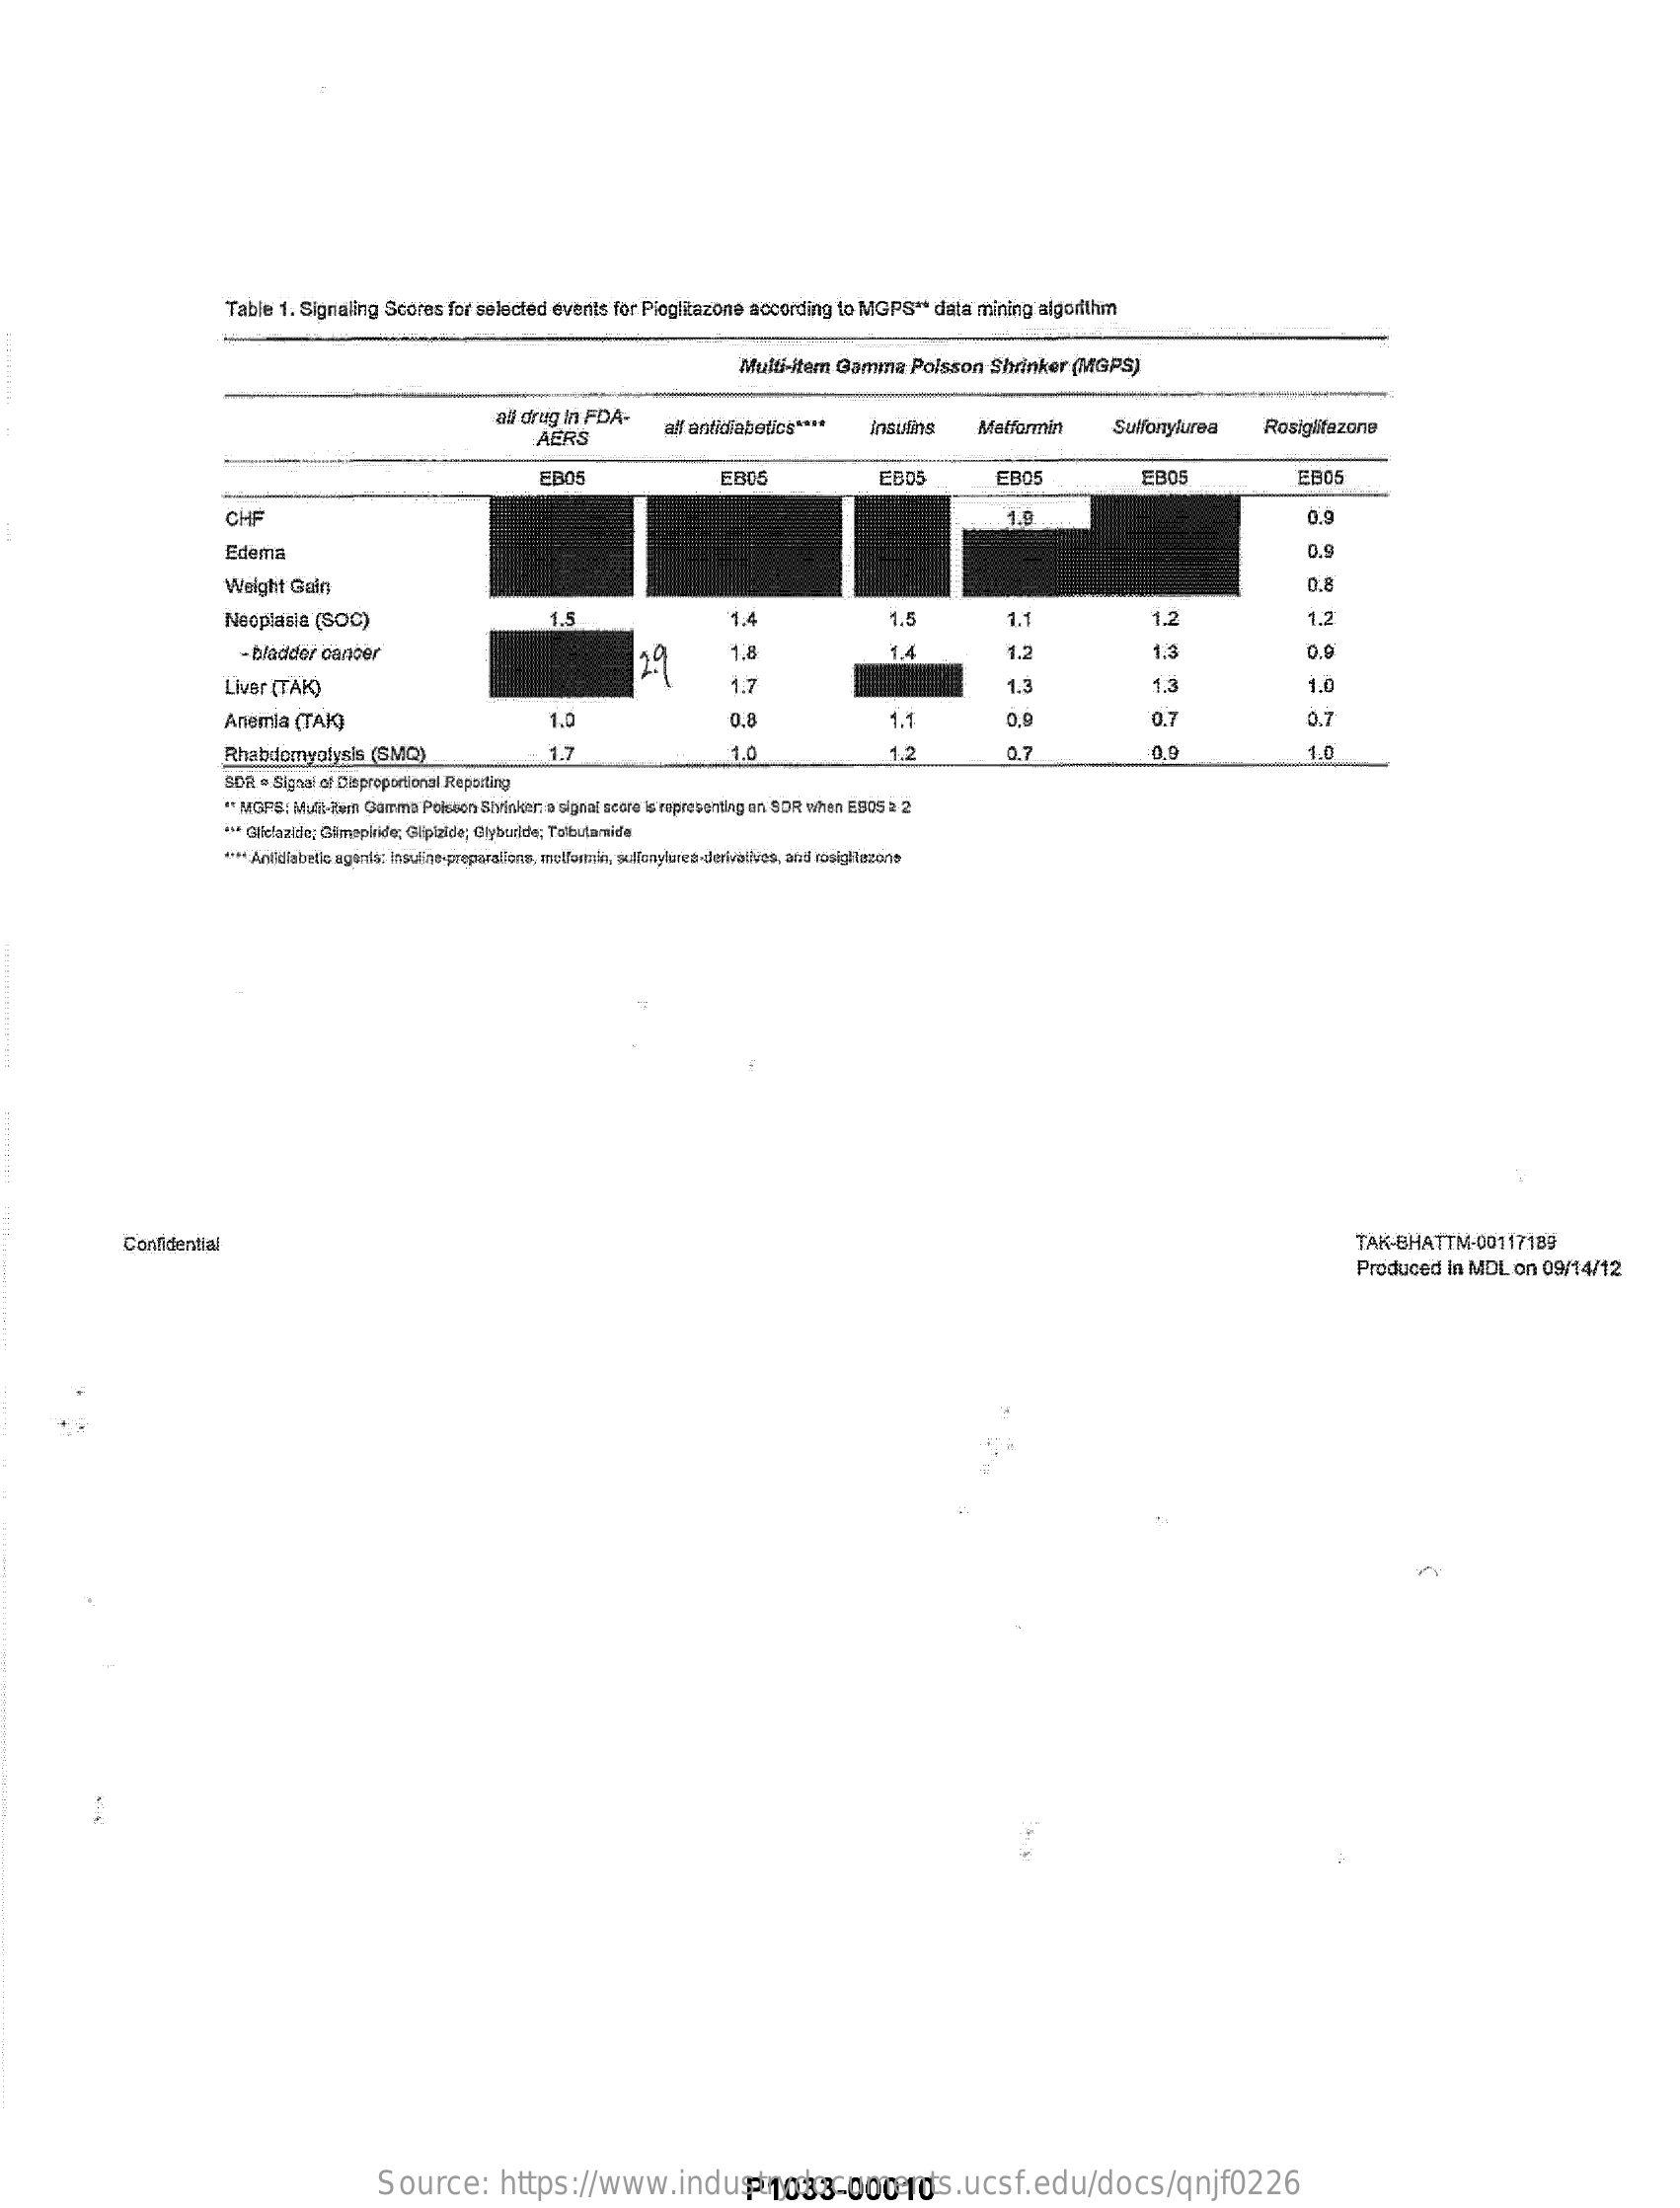
Table  1. Signaling   Scores   for selected  events   for Pioglitazone   according   to MGPS    ** data mining   algorithm
     Multi-item   Gamma    Poisson    Shrinker    (MGPS)
     al drug  In FDA-
     AFRS
     al antidiabodios  ****    insulins    Maffarmin    Sulfonylurea    Rosiglitazone
     EBO5    EBO    EB05    EBD5
     CHF    0.9
     Edema    0.9
     Weight   Gain    0.8
     Neoplasia    (SOC)    1.5    1.4    1.2    1.2
     - bladder cancer    19    1.8    14    1.2    1.3    0.0
     Liver (TAR)    1.7    1.3    1.3    1.0
     Anemia    (TAK)    1.0    0.8    1.1    0.9    0.7    0.7
     Rhabdomyolysis    (SMQ)    1.7    1.0    4.2    0.7    0.9    1.0
     SOR  . Signal of Cieproportional Reporting
     ** MGPS:  Must-Zem Gamma   Polsoen  Shviskar: a signal score le ropresonding on SOR when E905 2 2
     *** Gielazie; Gimppliide Glipizide; Glyburide; To'butamide
     **** Anfdlabetlo agania: Insuline-preparations, anulformin, sulfonylures-derivatives, and rosigllazons
     Confidential    TAK-BHATTM-00117189
     Produced    In MDL   on  09/14/12
     Source:    https://www.industrydocuments.ucsf.edu/docs/qnjf0226 P1033-00010